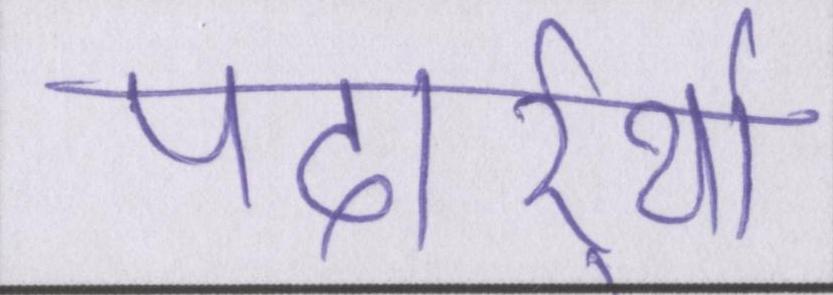
पदार्र्थो